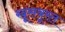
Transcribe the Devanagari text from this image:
खूसबूरत